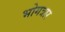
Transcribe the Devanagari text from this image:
भोगत्रार